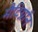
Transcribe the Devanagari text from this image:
मैटिग्नॉन